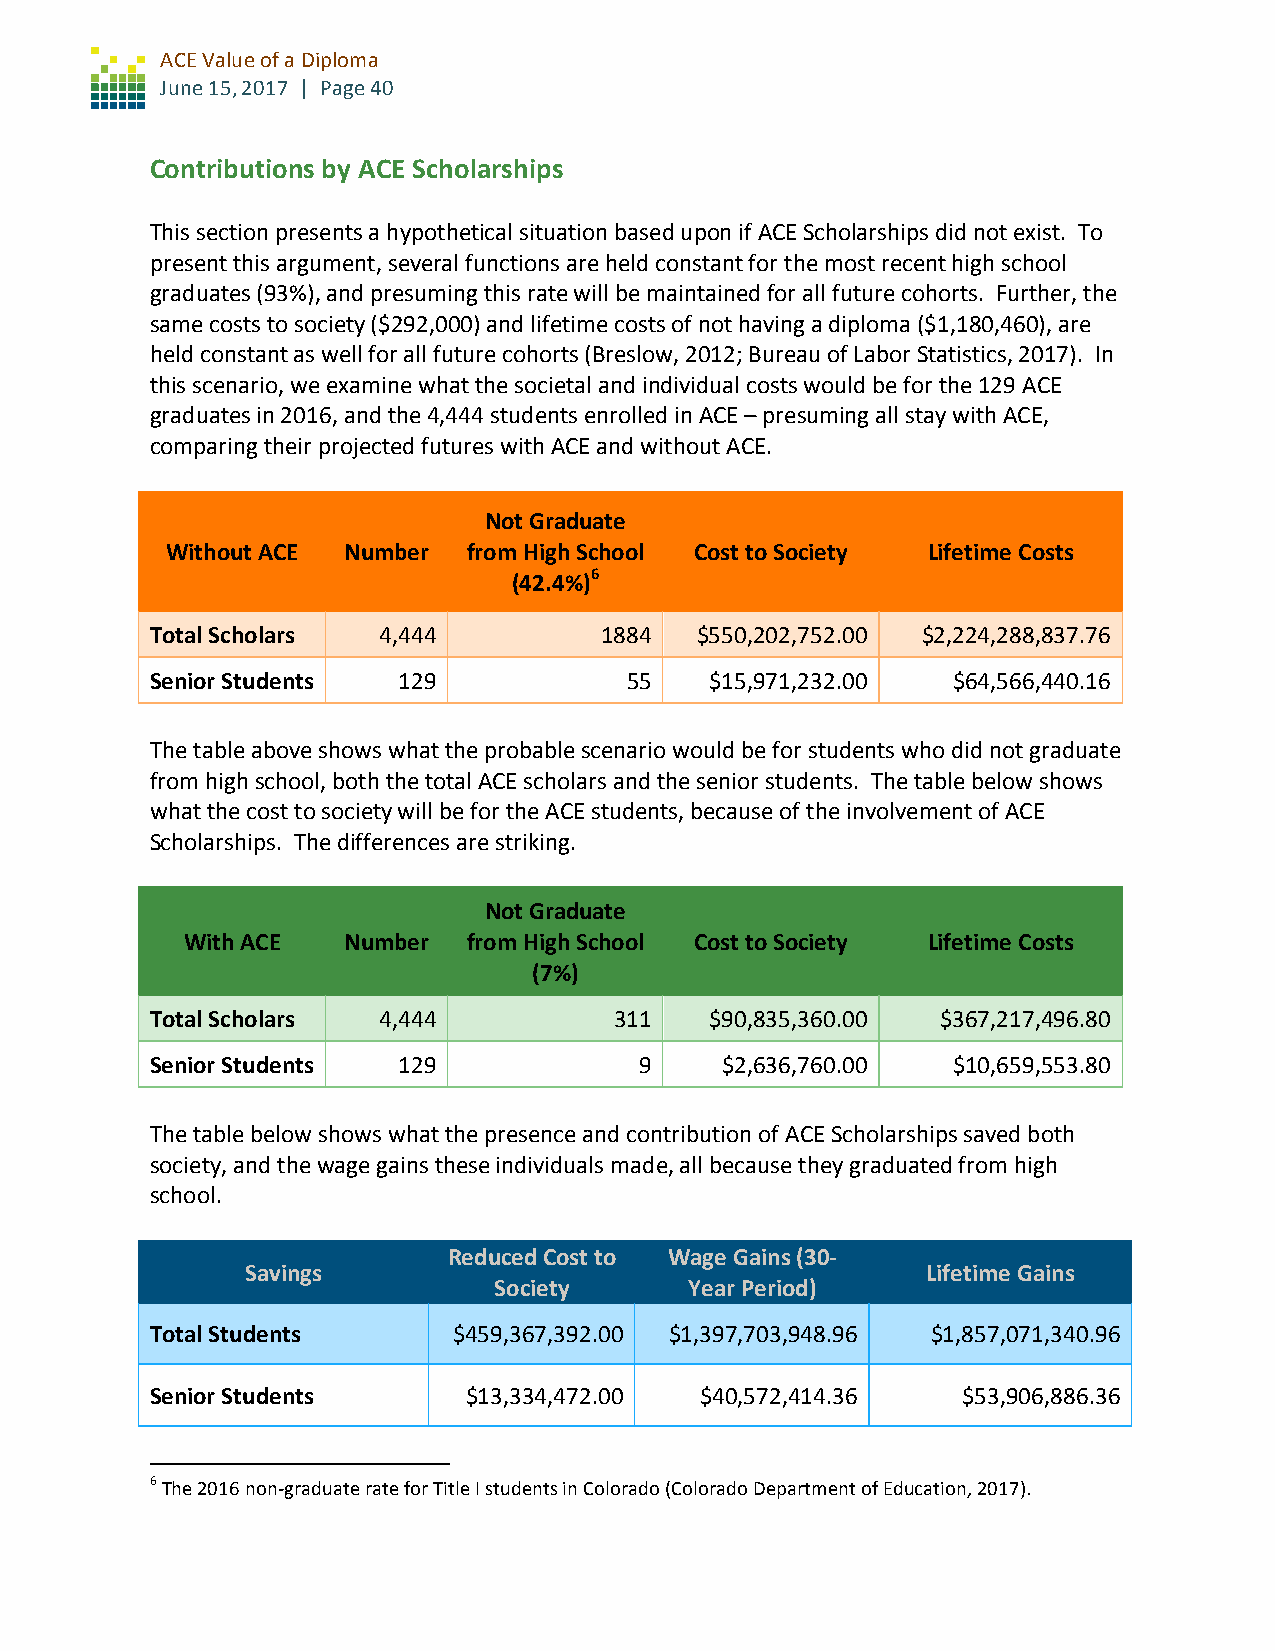
ACE Value of a Diploma
 June 15, 2017 | Page 40
 Contributions by ACE Scholarships
 This section presents a hypothetical situation based upon if ACE Scholarships did not exist. To
 present this argument, several functions are held constant for the most recent high school
 graduates (93%), and presuming this rate will be maintained for all future cohorts. Further, the
 same costs to society ($292,000) and lifetime costs of not having a diploma ($1,180,460), are
 held constant as well for all future cohorts (Breslow, 2012; Bureau of Labor Statistics, 2017). In
 this scenario, we examine what the societal and individual costs would be for the 129 ACE
 graduates in 2016, and the 4,444 students enrolled in ACE – presuming all stay with ACE,
 comparing their projected futures with ACE and without ACE.
 Not Graduate
 Without ACE Number  from High School Cost to Society Lifetime Costs
 (42.4%)6
 Total Scholars 4,444          1884  $550,202,752.00 $2,224,288,837.76
 Senior Students 129            55    $15,971,232.00  $64,566,440.16
 The table above shows what the probable scenario would be for students who did not graduate
 from high school, both the total ACE scholars and the senior students. The table below shows
 what the cost to society will be for the ACE students, because of the involvement of ACE
 Scholarships. The differences are striking.
 Not Graduate
 With ACE   Number  from High School Cost to Society Lifetime Costs
 (7%)
 Total Scholars 4,444           311   $90,835,360.00 $367,217,496.80
 Senior Students 129             9     $2,636,760.00  $10,659,553.80
 The table below shows what the presence and contribution of ACE Scholarships saved both
 society, and the wage gains these individuals made, all because they graduated from high
 school.
 Reduced Cost to Wage Gains (30-
 Savings                                      Lifetime Gains
 Society      Year Period)
 Total Students      $459,367,392.00 $1,397,703,948.96 $1,857,071,340.96
 Senior Students      $13,334,472.00 $40,572,414.36    $53,906,886.36
 6 The 2016 non-graduate rate for Title I students in Colorado (Colorado Department of Education, 2017).